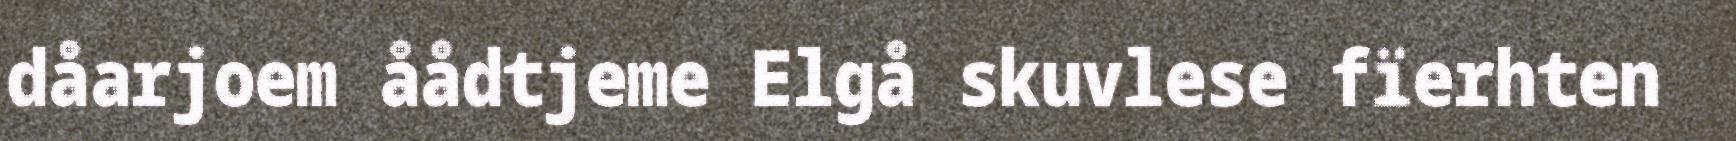
dåarjoem åådtjeme Elgå skuvlese fïerhten